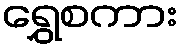
ရွှေစကား